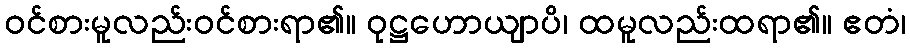
ဝင်စားမူလည်းဝင်စားရာ၏။ ဝုဋ္ဌဟောယျာပိ၊ ထမူလည်းထရာ၏။ ဧတံ၊